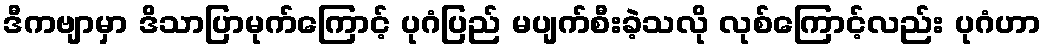
ဒီကဗျာမှာ ဒိသာပြာမုက်ကြောင့် ပုဂံပြည် မပျက်စီးခဲ့သလို လုစ်ကြောင့်လည်း ပုဂံဟာ